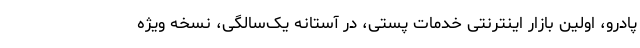
پادرو، اولین بازار اینترنتی خدمات پستی، در آستانه یک‌سالگی، نسخه ویژه